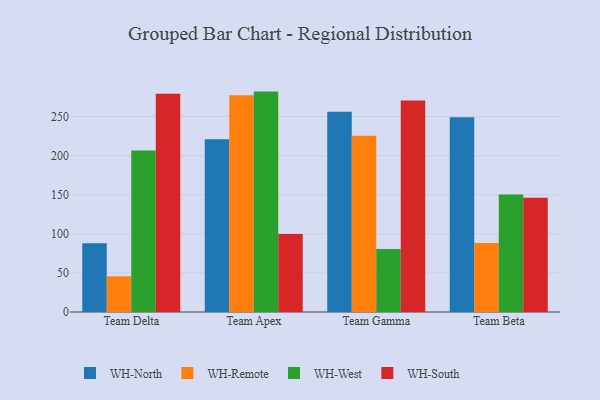
{"axis": {"x": "Team", "y": "Conversion Rate (%)"}, "legend": ["WH-North", "WH-Remote", "WH-South", "WH-West"], "data": [{"x": "Team Delta", "y": 88.0, "type": "WH-North"}, {"x": "Team Delta", "y": 45.7, "type": "WH-Remote"}, {"x": "Team Delta", "y": 206.5, "type": "WH-West"}, {"x": "Team Delta", "y": 279.2, "type": "WH-South"}, {"x": "Team Apex", "y": 220.8, "type": "WH-North"}, {"x": "Team Apex", "y": 277.1, "type": "WH-Remote"}, {"x": "Team Apex", "y": 281.9, "type": "WH-West"}, {"x": "Team Apex", "y": 99.8, "type": "WH-South"}, {"x": "Team Gamma", "y": 256.0, "type": "WH-North"}, {"x": "Team Gamma", "y": 225.3, "type": "WH-Remote"}, {"x": "Team Gamma", "y": 80.5, "type": "WH-West"}, {"x": "Team Gamma", "y": 270.6, "type": "WH-South"}, {"x": "Team Beta", "y": 249.0, "type": "WH-North"}, {"x": "Team Beta", "y": 88.2, "type": "WH-Remote"}, {"x": "Team Beta", "y": 150.4, "type": "WH-West"}, {"x": "Team Beta", "y": 146.1, "type": "WH-South"}]}